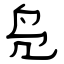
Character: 凫